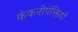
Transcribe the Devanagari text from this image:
कंकनीपंक्तियों